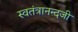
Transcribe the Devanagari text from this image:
स्वतंत्रानन्दजी